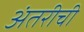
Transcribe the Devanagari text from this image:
अंतरीची